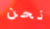
نحن